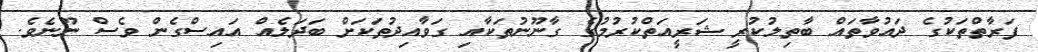
ފަރާތްތަކުގެ ދައުވާތައް ބާތިލުކުރީ ޝަރީއަތްކުރުމުގެ ގާނޫނުތަކާއި ގަވާއިދުތަކަށް ބަދަލެއް އައިސްގެން ވެސް ނޫނެވެ.